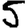
Digit: 5